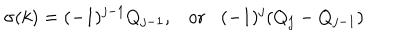
LaTeX: \sigma ( k ) = ( - 1 ) ^ { j - 1 } Q _ { j - 1 } , \mathrm { o r } ( - 1 ) ^ { j } ( Q _ { j } - Q _ { j - 1 } )